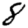
Digit: 8